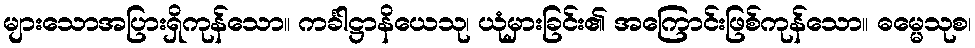
များသောအပြားရှိကုန်သော။ ကင်္ခါဋ္ဌာနိယေသု၊ ယုံမှားခြင်း၏ အကြောင်းဖြစ်ကုန်သော။ ဓမ္မေသုစ၊